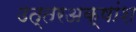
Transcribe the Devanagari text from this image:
उत्तरअक्षांश